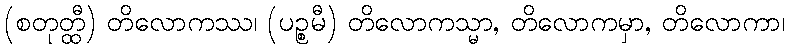
(စတုတ္ထီ) တိလောကဿ၊ (ပဉ္စမီ) တိလောကသ္မာ, တိလောကမှာ, တိလောကာ၊